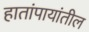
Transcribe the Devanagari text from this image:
हातांपायांतील